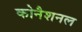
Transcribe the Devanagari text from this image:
कोनैशनल